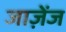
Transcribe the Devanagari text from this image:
जाज़ेंज